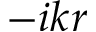
- i k r